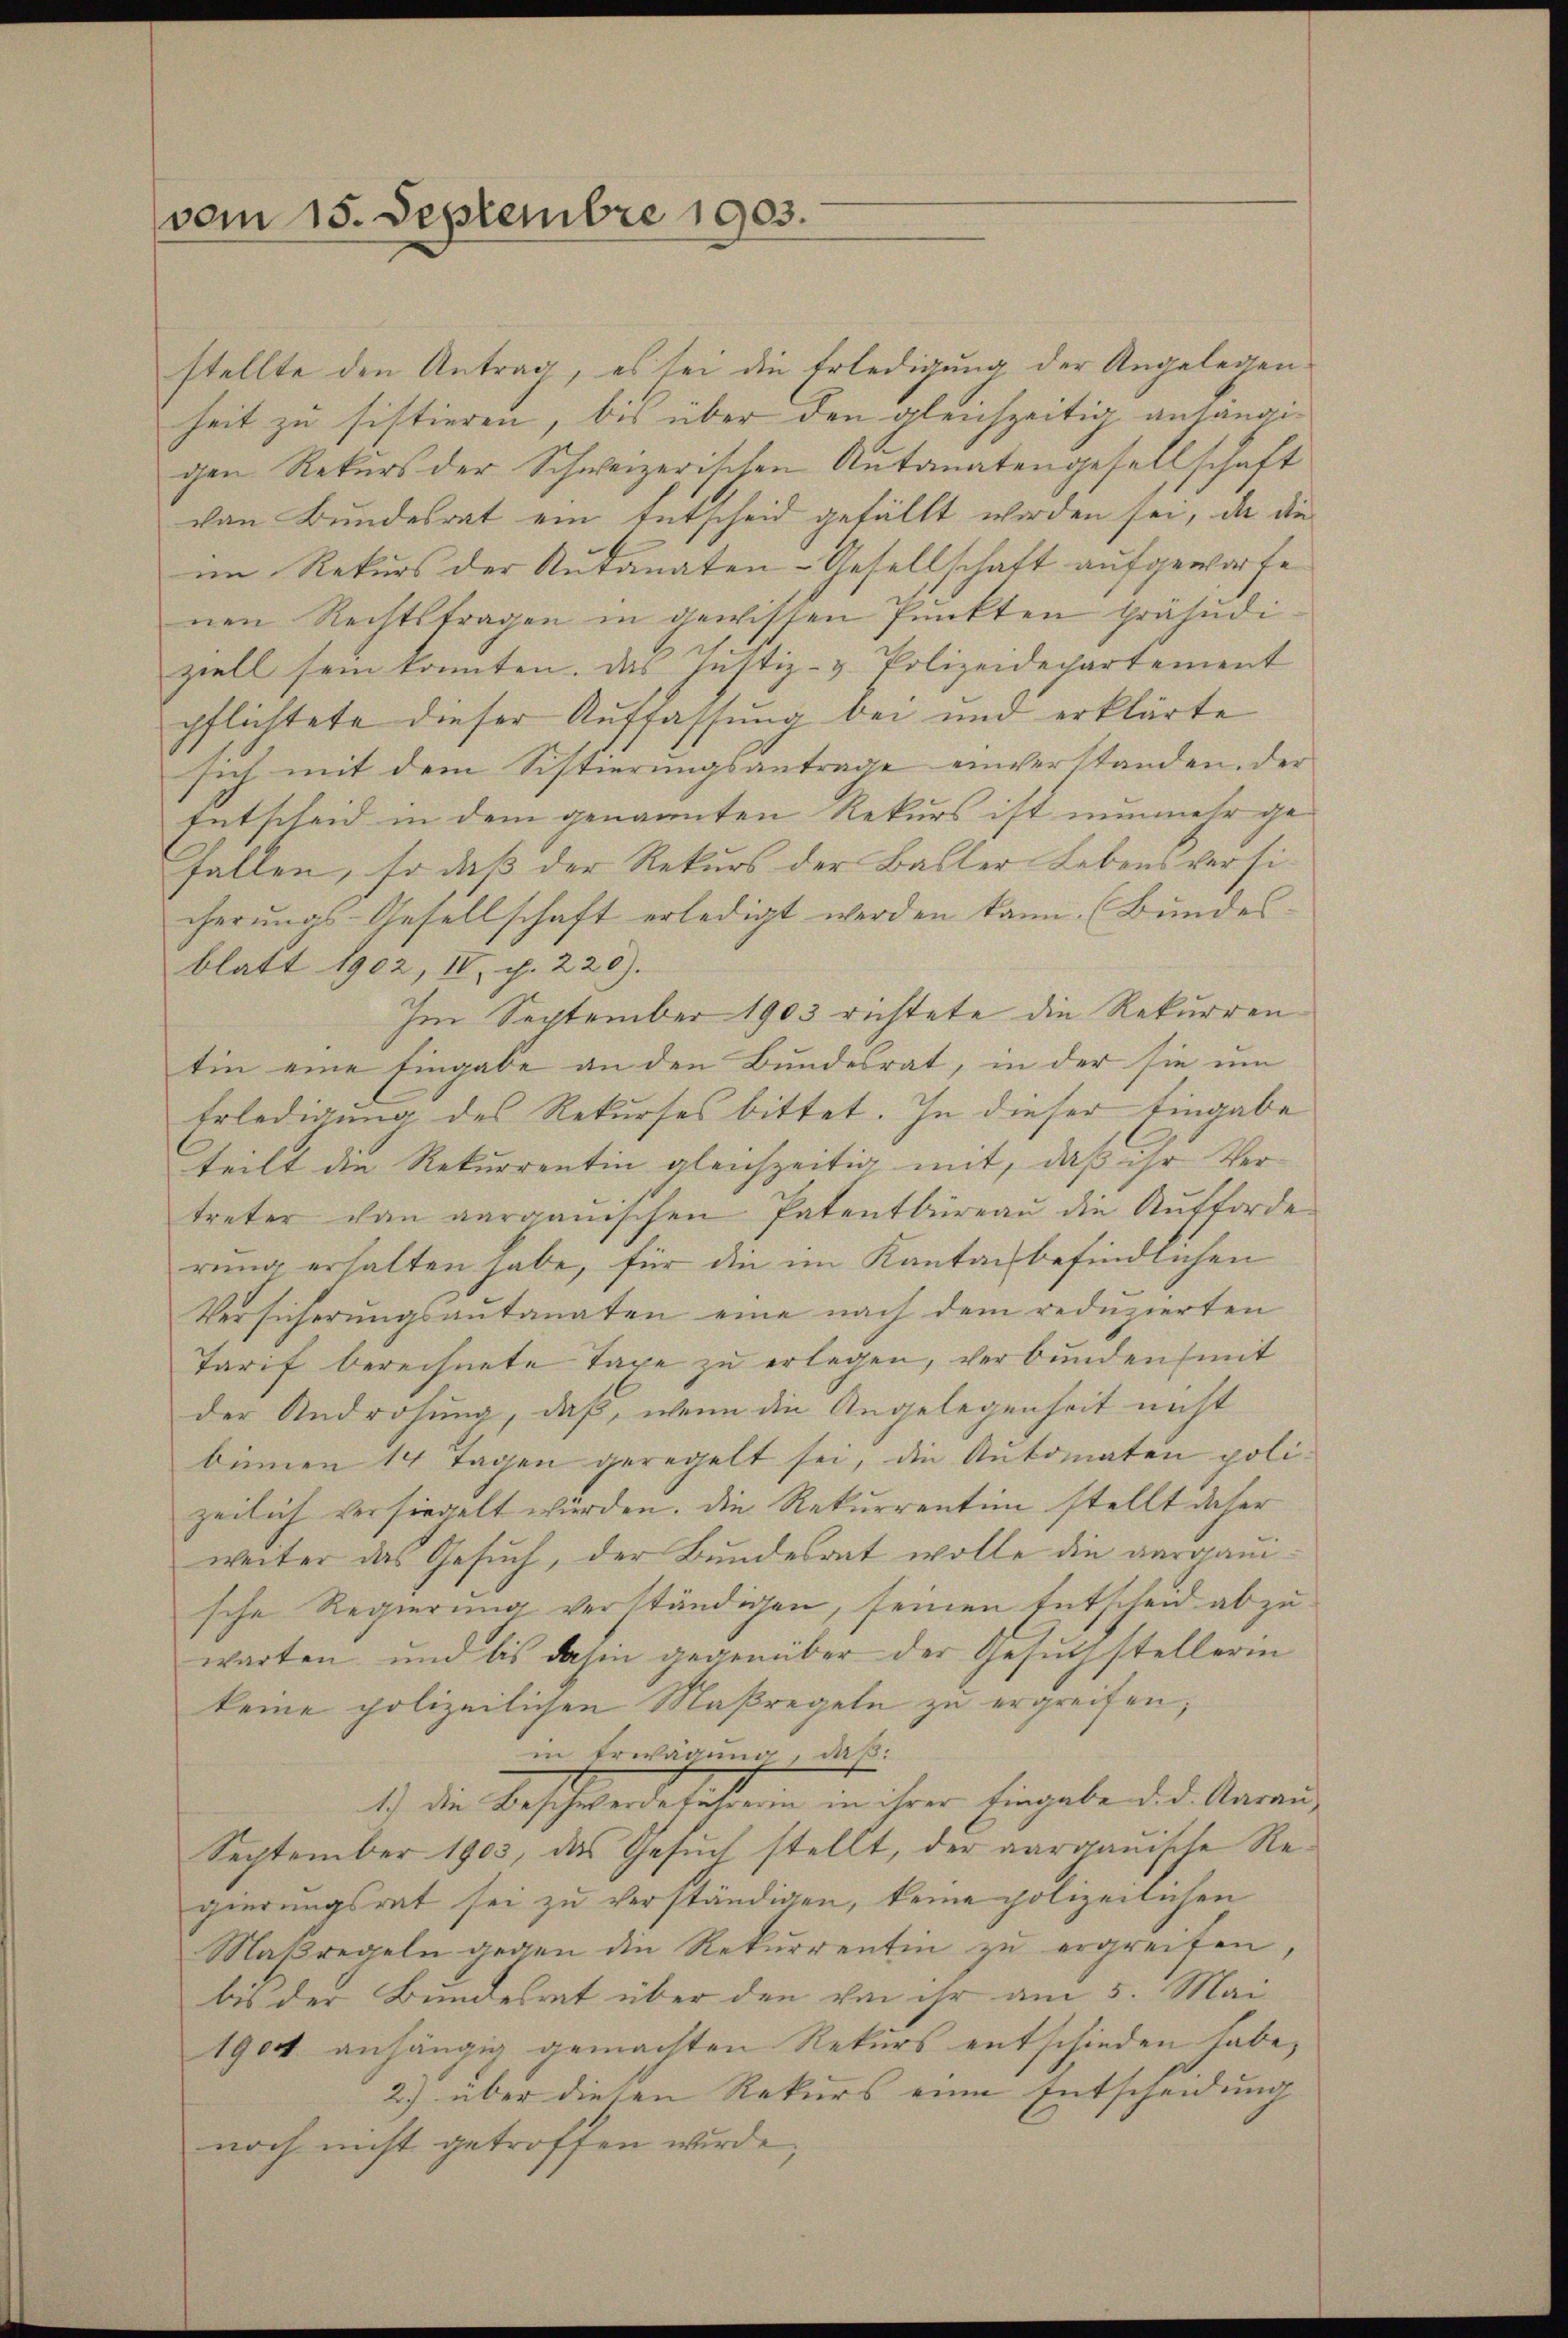
vom 15. Septembre 1903.

stellte den Antrag, es sei die Erledigung der Angelegenheit zu sistieren, bis über den gleichzeitig anhängigen Rekurs der Schweizerischen Autanatengesellschaft
von Bundesrat ein Entscheid gefällt werden sei, da die
im Rekurs der Autanaten-Gesellschaft aufgeworfe
nen Rechtsfragen in gewissen Punkten präjudi
ziell sein konnten. Das Justiz- & Polizeidepartement
pflichtete dieser Auffassung bei und erklärte
sich mit dem Sistierungsantrage einverstanden, der
Entscheid in dem genannten Rekurs ist nunmehr gefallen, so daß der Rekurs der Baller Lebens versicherungs-Gesellschaft erledigt werden kann. (Bundes
blatt 1902, IV, S. 220).
Im September 1903 richtete die Rekurren
tin eine Eingabe an den Bundesrat, in der sie um
Erledigung des Rekurses bittet. In dieser Eingabe
teilt die Rekurrentin gleichzeitig mit, daß ihr Vertreter dan aarganischen Patentbüreaŭ die Aufforde
rung erhalten habe, für die im Kanton befindlichen
Versicherŭngsaŭtanaten eine nach dem redŭzierten
Tarif berechnete Taxe zu erlegen, verbunden mit
der Androhung, daß, wenn die Angelegenheit nicht
binnen 14 Tagen geregelt sei, die Automaten poli-
zeilich versiegelt würden. Die Rekurrentin stellt daher
weiter das Gesuch, der Bundesrat wolle die aargauische Regierung verständigen, seinen Entscheid abzuwarten und bis dahin gegenüber der Gesŭch stellerin
keine polizeilichen Maßregeln zu ergreifen;
in Erwägung, daß:
1.) Die Beschwende sehen in ihrer Eingabe des Anwen¬
September 1903, das Gesuch stellt, der aargauische Regierungsrat sei zu verständigen, keine polizeilichen
Maßregeln gegen die Rekurrentin zu ergreifen,
bis der Bundesrat über den von ihr am 5. Mai
1904 anhängig gemachten Rekurs entschieden habe,
2) über diesen Rekurs eine Entscheidung
noch nicht getroffen wurde